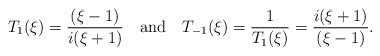
LaTeX: \begin{align*}T_1(\xi) = \frac{(\xi-1)}{i(\xi+1)}\ \ \ {\rm and}\ \ \ T_{-1}(\xi) = \frac{1}{T_1(\xi)}=\frac{i(\xi +1)}{(\xi-1)}.\end{align*}